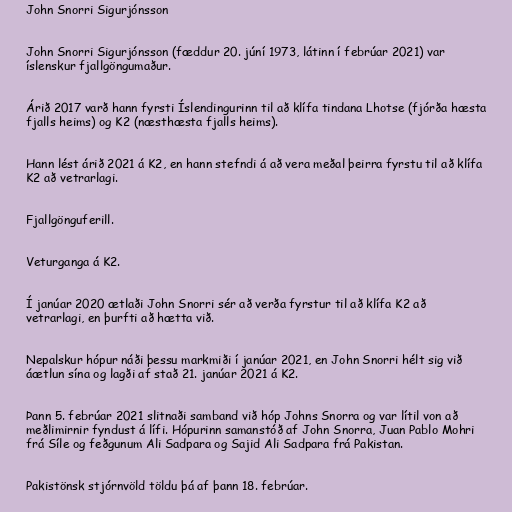
John Snorri Sigurjónsson

John Snorri Sigurjónsson (fæddur 20. júní 1973, látinn í febrúar 2021) var
íslenskur fjallgöngumaður.

Árið 2017 varð hann fyrsti Íslendingurinn til að klífa tindana Lhotse (fjórða hæsta
fjalls heims) og K2 (næsthæsta fjalls heims).

Hann lést árið 2021 á K2, en hann stefndi á að vera meðal þeirra fyrstu til að klífa
K2 að vetrarlagi.

Fjallgönguferill.

Veturganga á K2.

Í janúar 2020 ætlaði John Snorri sér að verða fyrstur til að klífa K2 að
vetrarlagi, en þurfti að hætta við.

Nepalskur hópur náði þessu markmiði í janúar 2021, en John Snorri hélt sig við
áætlun sína og lagði af stað 21. janúar 2021 á K2.

Þann 5. febrúar 2021 slitnaði samband við hóp Johns Snorra og var lítil von að
meðlimirnir fyndust á lífi. Hópurinn samanstóð af John Snorra, Juan Pablo Mohri
frá Síle og feðgunum Ali Sadpara og Sajid Ali Sadpara frá Pakistan.

Pakistönsk stjórnvöld töldu þá af þann 18. febrúar.